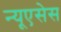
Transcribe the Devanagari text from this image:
न्यूएसेस